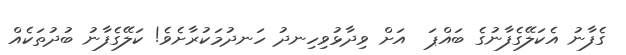
ގެފާނު އެކަލޭގެފާނުގެ ބައްޕަ  އަށް ވިދާޅުވިހިނދު ހަނދުމަކުރާށެވެ! ކަލޭގެފާނު ބުދުތަކެއް